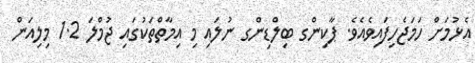
އެޅުމަށް ހަމަޖެހިފައިވެއެވެ. ޕާކިންގ ބިލްޑިންގ ނުލައި މި އިމާތްތަކުގައި ޖުމްލަ 1.2 މިލިއަން